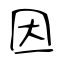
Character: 因